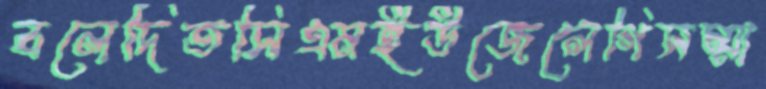
বলেদিতসিএমইউজেলেগিসম্মা